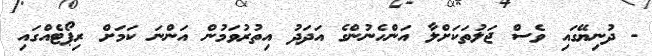
- ދުނިޔޭގައި ވެސް ޖަލުތަކަށްލާ އަންހެނުންގެ އަދަދު އިތުރުވަމުން އަންނަ ކަމަށް ރިޕޯޓެއްގައި